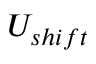
U _ { s h i f t }